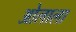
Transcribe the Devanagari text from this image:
ओलाला